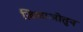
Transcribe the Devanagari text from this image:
ज़िआओतुन